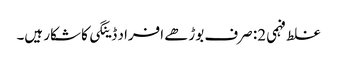
غلط فہمی 2: صرف بوڑھے افراد ڈینگی کا شکار ہیں۔